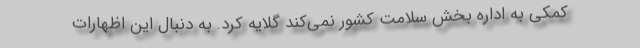
کمکی به اداره بخش سلامت کشور نمی‌کند گلایه کرد. به دنبال این اظهارات